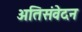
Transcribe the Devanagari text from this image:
अतिसंवेदन